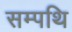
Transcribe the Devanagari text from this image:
सम्पथि